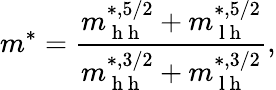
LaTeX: m^{*}=\frac{m_{\mathrm{~h~h~}}^{*,5/2}+m_{\mathrm{~l~h~}}^{*,5/2}}{m_{\mathrm{~h~h~}}^{*,3/2}+m_{\mathrm{~l~h~}}^{*,3/2}},